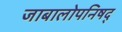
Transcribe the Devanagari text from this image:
जाबालोपनिषद्